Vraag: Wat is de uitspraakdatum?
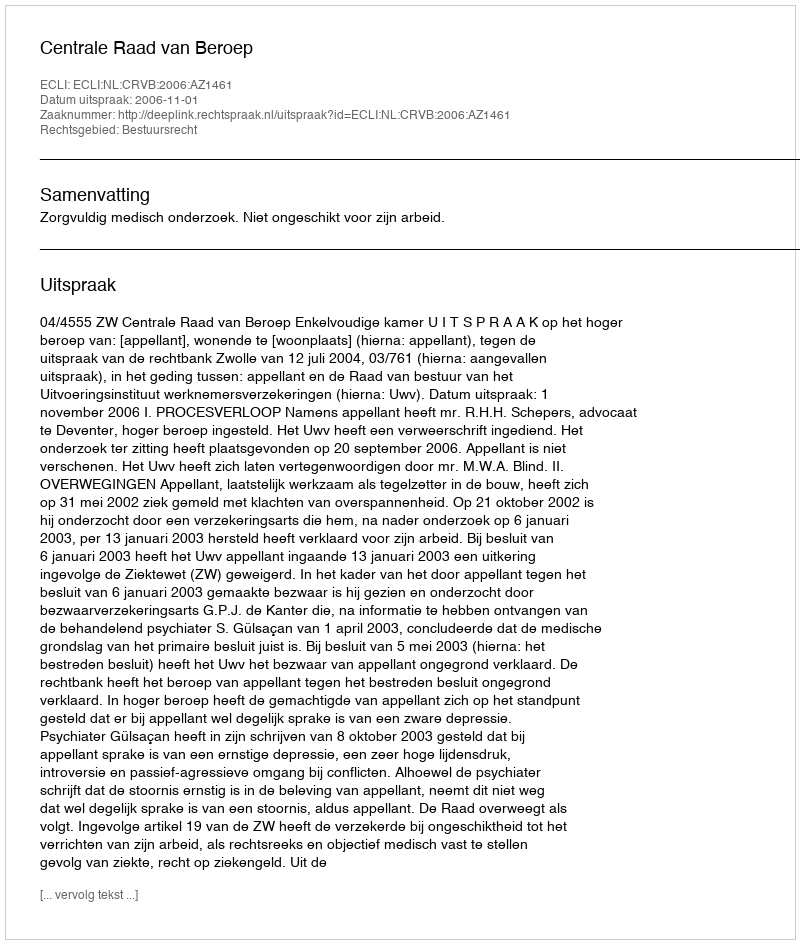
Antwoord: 2006-11-01